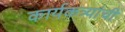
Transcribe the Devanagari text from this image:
कार्यकत्र्यांची